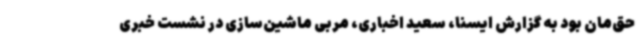
حق‌مان بود به گزارش ایسنا، سعید اخباری، مربی ماشین‌سازی در نشست خبری